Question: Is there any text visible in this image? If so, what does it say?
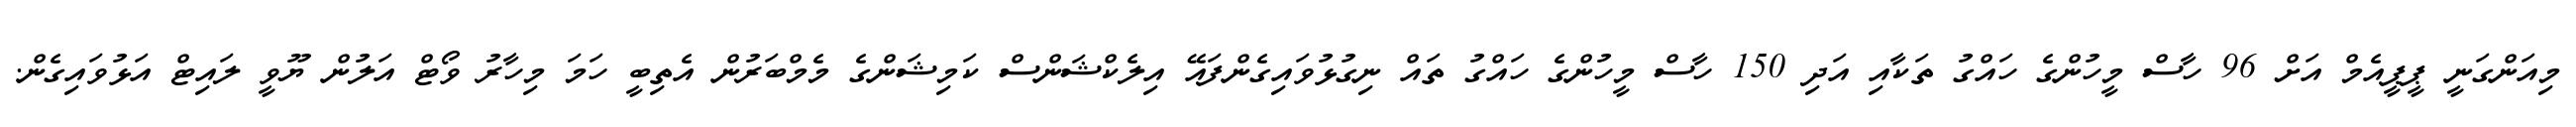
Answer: މިއަންގަނީ ޕީޕީއެމް އަށް 96 ހާސް މީހުންގެ ހައްގު ތަކާއި އަދި 150 ހާސް މީހުންގެ ހައްގު ތައް ނިގުޅުވައިގެންފައޭ އިލެކްޝަންސް ކަމިޝަންގެ މެމްބަރުން އެތިބީ ހަމަ މިހާރު ވޯޓް އަލުން ޔޫވީ ލައިޓް އަޅުވައިގެން.